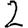
Digit: 2